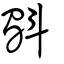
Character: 斣